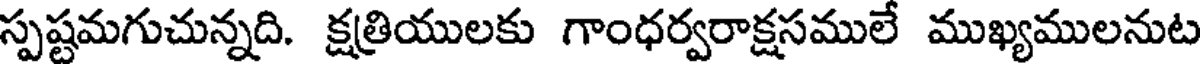
స్పష్టమగుచున్నది. క్షత్రియులకు గాంధర్వరాక్షసములే ముఖ్యములనుట